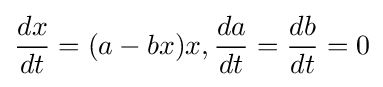
{\dfrac {dx}{dt}}=(a-bx)x,{\dfrac {da}{dt}}={\dfrac {db}{dt}}=0